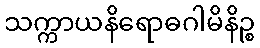
သက္ကာယနိရောဓဂါမိနိဉ္စ